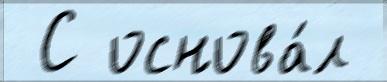
 С основа́л